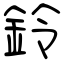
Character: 鈴